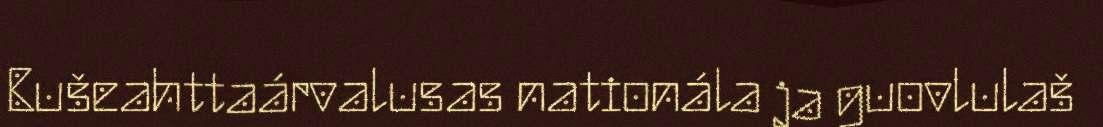
Bušeahttaárvalusas nationála ja guovlulaš